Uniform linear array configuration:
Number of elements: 4
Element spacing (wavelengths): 0.75
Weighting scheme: uniform
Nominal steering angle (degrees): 30
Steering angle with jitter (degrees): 28.3
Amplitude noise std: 0.05
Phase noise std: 0.05

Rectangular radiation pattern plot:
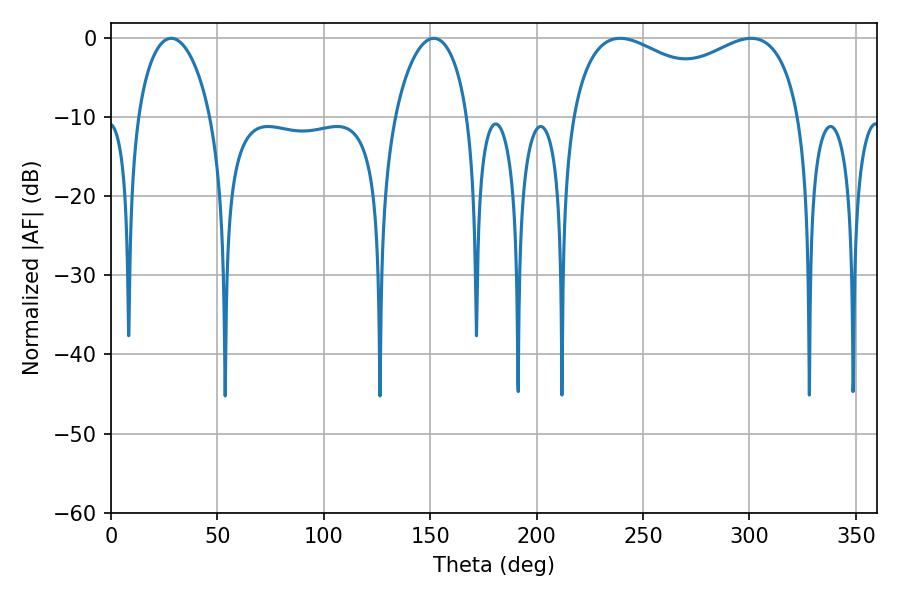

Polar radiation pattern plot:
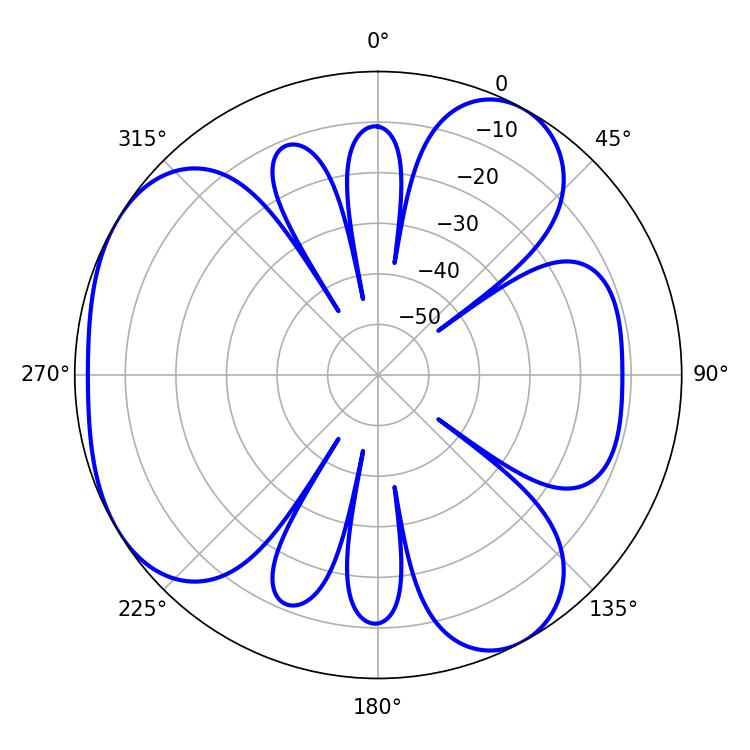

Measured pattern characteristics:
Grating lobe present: TRUE
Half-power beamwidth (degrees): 89.64
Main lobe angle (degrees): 239.22